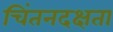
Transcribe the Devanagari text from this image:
चिंतनदक्षता